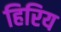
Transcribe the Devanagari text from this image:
हिरिय